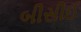
બીસીઈ